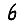
Digit: 6